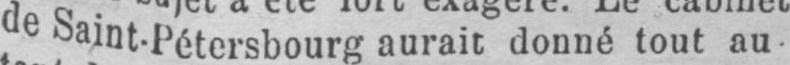
de Saint-Pétersbourg aurait donné tout au